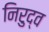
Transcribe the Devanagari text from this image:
निरुद्व